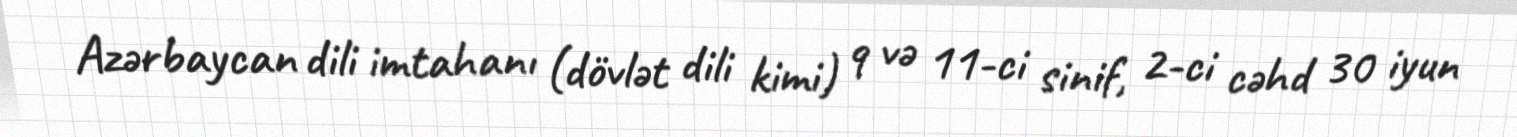
Azərbaycan dili imtahanı (dövlət dili kimi) 9 və 11-ci sinif, 2-ci cəhd 30 iyun